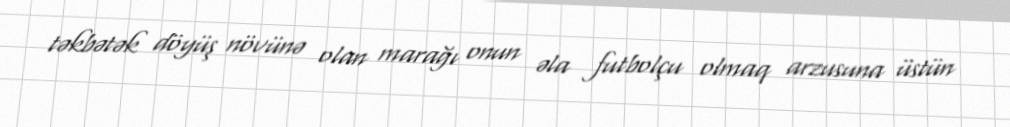
təkbətək döyüş növünə olan marağı onun əla futbolçu olmaq arzusuna üstün